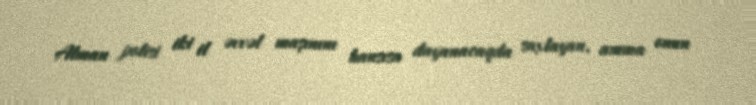
Alman polisi iki il əvvəl maşınını hansısa dayanacaqda saxlayan, amma onun